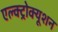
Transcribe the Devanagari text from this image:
एल्क्ट्रोक्यूशन